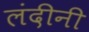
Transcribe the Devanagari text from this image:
लंदीनी